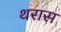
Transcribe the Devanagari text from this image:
थरास